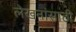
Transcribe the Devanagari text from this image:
लेखनांसाठी